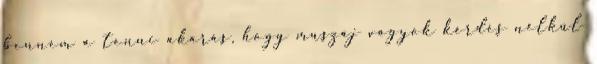
bennem a tenni akarás, hogy muszáj vagyok kérdés nélkül